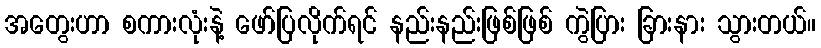
အတွေးဟာ စကားလုံးနဲ့ ဖော်ပြလိုက်ရင် နည်းနည်းဖြစ်ဖြစ် ကွဲပြား ခြားနား သွားတယ်။